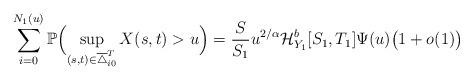
LaTeX: \begin{align*} \sum_{i=0}^{N_1(u)}\mathbb{P}\Bigl( \sup_{(s,t)\in\overline{\triangle}_{i0}^T}X(s,t)>u \Bigr) = \frac{S}{S_1}u^{{2}/{\alpha}}\mathcal {H}_{Y_1}^{b}[S_1,T_1]\Psi(u) \bigl(1+o(1)\bigr)\end{align*}